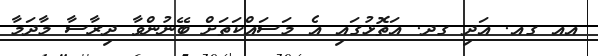
އއ ގއ. އަދި ގދ. އަތޮޅުގައި އެ މަސައްކަތަށް ބޭނުންވާ ދިރާސާ މާދަމާ